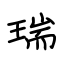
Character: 瑞